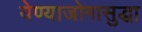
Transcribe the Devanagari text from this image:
येण्याजोगासुद्धा